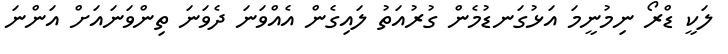
ލަކީ ޑްރޯ ނިމުނީމަ އަޅުގަނޑުމެން ގުރުއަތު ލައިގެން އެއްވަނަ ދެވަނަ ތިންވަނައަށް އަންނަ